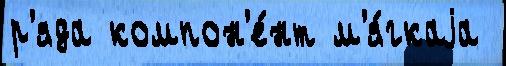
р'яда компон'е́нт м'я́гкаjа